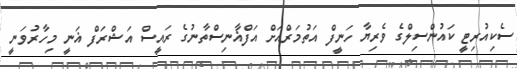
ސެކިއުރިޓީ ކައުންސިލްގެ ވެރިޔާ ހަނީފް އަތުމަރްއަށް އަފްޣާނިސްތާނުގެ ރައީސް އަޝްރަފް ޣަނީ މިހާރުވަނީ